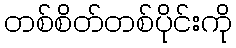
တစ်စိတ်တစ်ပိုင်းကို